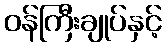
ဝန်ကြီးချုပ်နှင့်